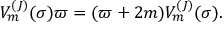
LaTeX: V _ { m } ^ { ( J ) } ( \sigma ) \varpi = ( \varpi + 2 m ) V _ { m } ^ { ( J ) } ( \sigma ) .